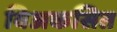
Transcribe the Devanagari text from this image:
विअकसित